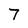
Character: 7